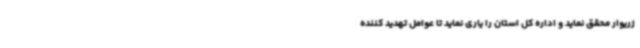
زریوار محقق نماید و اداره کل استان را یاری نماید تا عوامل تهدید کننده